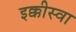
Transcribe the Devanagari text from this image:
इक्कीस्वा